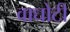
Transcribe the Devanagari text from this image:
वाघोटी